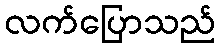
လက်ပြောသည်